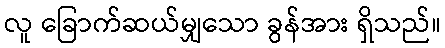
လူ ခြောက်ဆယ်မျှသော ခွန်အား ရှိသည်။